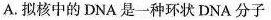
A.拟核中的DNA是一种环状DNA分子